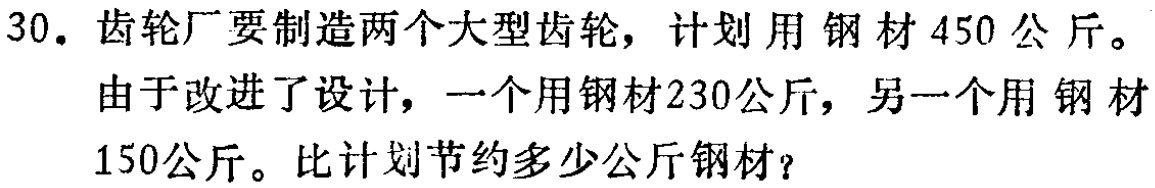
30. 齿轮厂要制造两个大型齿轮，计划用钢材450公斤。

由于改进了设计，一个用钢材230公斤，另一个用钢材

150公斤。比计划节约多少公斤钢材？